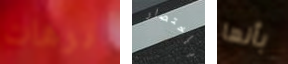
ترهات بإختصار بأنها